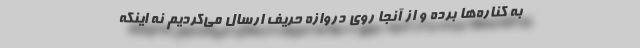
به کناره‌ها برده و از آنجا روی دروازه حریف ارسال می‌کردیم نه اینکه